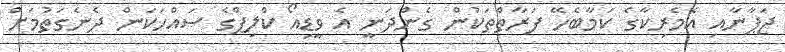
ޖަޕާނާއި އެމެރިކާގެ ކަމާބެހޭ ފަރާތްތަކުން ގެންދަނީ އެ ވީޑިއޯ ކްލިޕްގެ ސައްހަކަން ދެނެގަތުމަށް